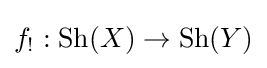
f_{!}:\mathrm {Sh} (X)\to \mathrm {Sh} (Y)